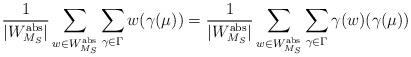
LaTeX: \begin{align*}\frac{1}{|W^{\mathrm{abs}}_{M_S}|}\sum\limits_{w \in W^{\mathrm{abs}}_{M_S}} \sum\limits_{\gamma \in \Gamma} w(\gamma(\mu))=\frac{1}{|W^{\mathrm{abs}}_{M_S}|}\sum\limits_{w \in W^{\mathrm{abs}}_{M_S}} \sum\limits_{\gamma \in \Gamma} \gamma(w)(\gamma(\mu))\end{align*}